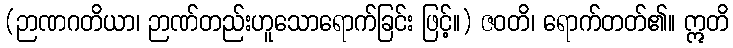
(ဉာဏဂတိယာ၊ ဉာဏ်တည်းဟူသောရောက်ခြင်း ဖြင့်။) ဇဝတိ၊ ရောက်တတ်၏။ ဣတိ